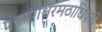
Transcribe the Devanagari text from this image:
पंचगंगेश्वरमठाधिपती